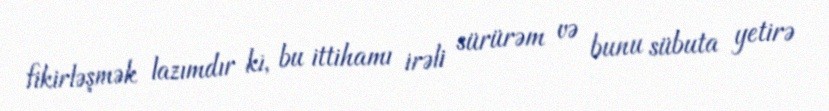
fikirləşmək lazımdır ki, bu ittihamı irəli sürürəm və bunu sübuta yetirə